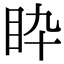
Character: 𥄌